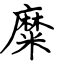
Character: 糜